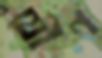
যৌগ